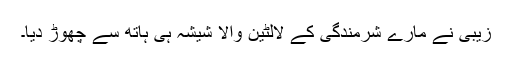
زیبی نے مارے شرمندگی کے لالٹین والا شیشہ ہی ہاتھ سے چھوڑ دیا۔